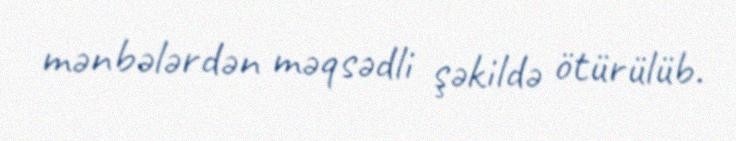
mənbələrdən məqsədli şəkildə ötürülüb.